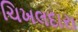
ચિખલદારા